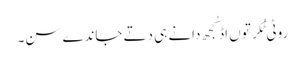
روٹی ٹُکر توں اڈ کُجھ دانے ہی دتے جاندے سن۔